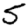
Digit: 5